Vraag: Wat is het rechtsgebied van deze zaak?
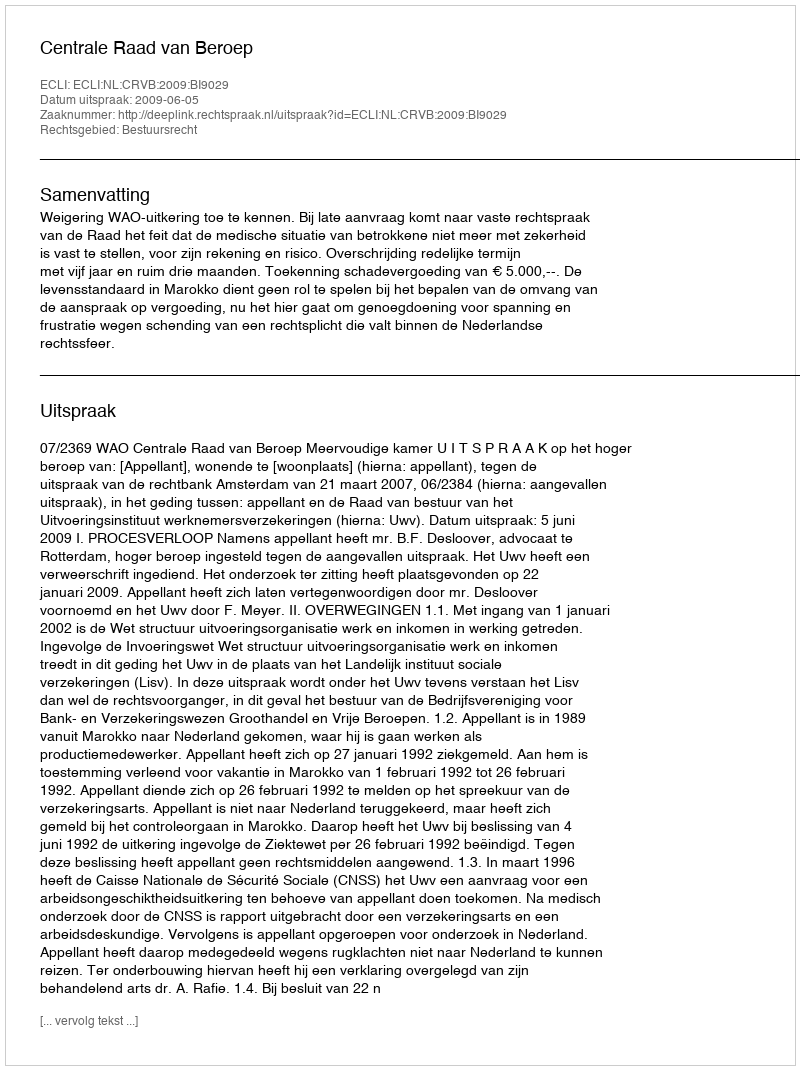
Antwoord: Bestuursrecht